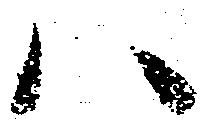
ハ